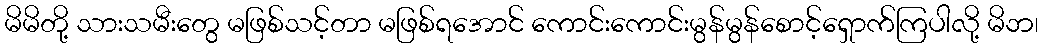
မိမိတို့ သားသမီးတွေ မဖြစ်သင့်တာ မဖြစ်ရအောင် ကောင်းကောင်းမွန်မွန်စောင့်ရှောက်ကြပါလို့ မိဘ၊